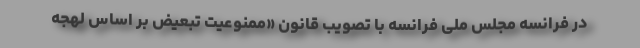
در فرانسه مجلس ملی فرانسه با تصویب قانون «ممنوعیت تبعیض بر اساس لهجه